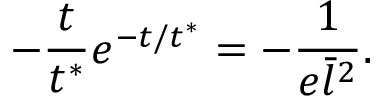
- \frac { t } { t ^ { * } } e ^ { - t / t ^ { * } } = - \frac { 1 } { e \bar { l } ^ { 2 } } .